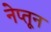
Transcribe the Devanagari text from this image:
नेप्तून